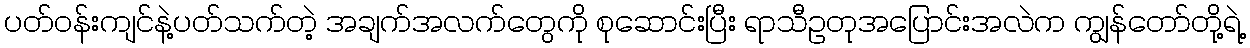
ပတ်ဝန်းကျင်နဲ့ပတ်သက်တဲ့ အချက်အလက်တွေကို စုဆောင်းပြီး ရာသီဥတုအပြောင်းအလဲက ကျွန်တော်တို့ရဲ့